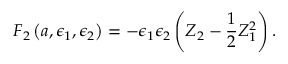
{ \cal F } _ { 2 } \left( a , \epsilon _ { 1 } , \epsilon _ { 2 } \right) = - \epsilon _ { 1 } \epsilon _ { 2 } \left( Z _ { 2 } - \frac { 1 } { 2 } Z _ { 1 } ^ { 2 } \right) .